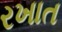
રખાત